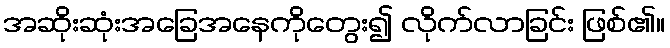
အဆိုးဆုံးအခြေအနေကိုတွေး၍ လိုက်လာခြင်း ဖြစ်၏။